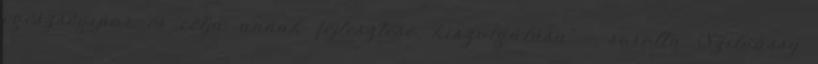
egészségipar és célja annak fejlesztése, kiszolgálása" – sorolta Szilvássy